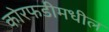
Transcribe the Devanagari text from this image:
कोरफडीमधील